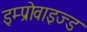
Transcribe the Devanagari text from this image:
इम्प्रोवाइज्ड